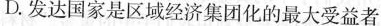
D.发达国家是区域经济集团化的最大受益者